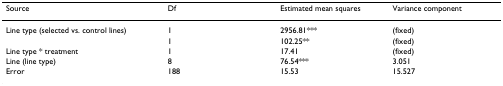
<table><thead><tr><td><b>Source</b></td><td><b>Df</b></td><td><b>Estimated mean squares</b></td><td><b>Variance component</b></td></tr></thead><tbody><tr><td>Line type (selected vs. control lines)</td><td>1</td><td>2956.81***</td><td>(fixed)</td></tr><tr><td></td><td>1</td><td>102.25**</td><td>(fixed)</td></tr><tr><td>Line type * treatment</td><td>1</td><td>17.41</td><td>(fixed)</td></tr><tr><td>Line (line type)</td><td>8</td><td>76.54***</td><td>3.051</td></tr><tr><td>Error</td><td>188</td><td>15.53</td><td>15.527</td></tr></tbody></table>